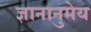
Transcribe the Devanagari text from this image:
ज्ञानानुमेय